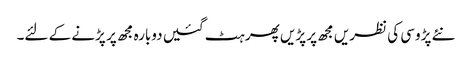
نئے پڑوسی کی نظریں مجھ پر پڑیں پھر ہٹ گئیں دوبارہ مجھ پر پڑنے کے لئے۔